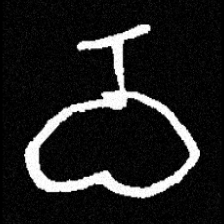
Pyu character \u2014 Myanmar letter: ဝ (romanized: wa)